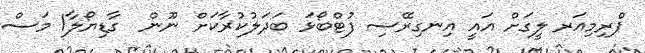
ޕްރިމިއަރ ލީގަށް އައީ އިނގިރޭސި ފުޓްބޯޅަ ބަދަލުކުރާކަށް ނޫން  ގާޑިޔޯލާ1 މަސް